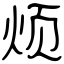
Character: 烦